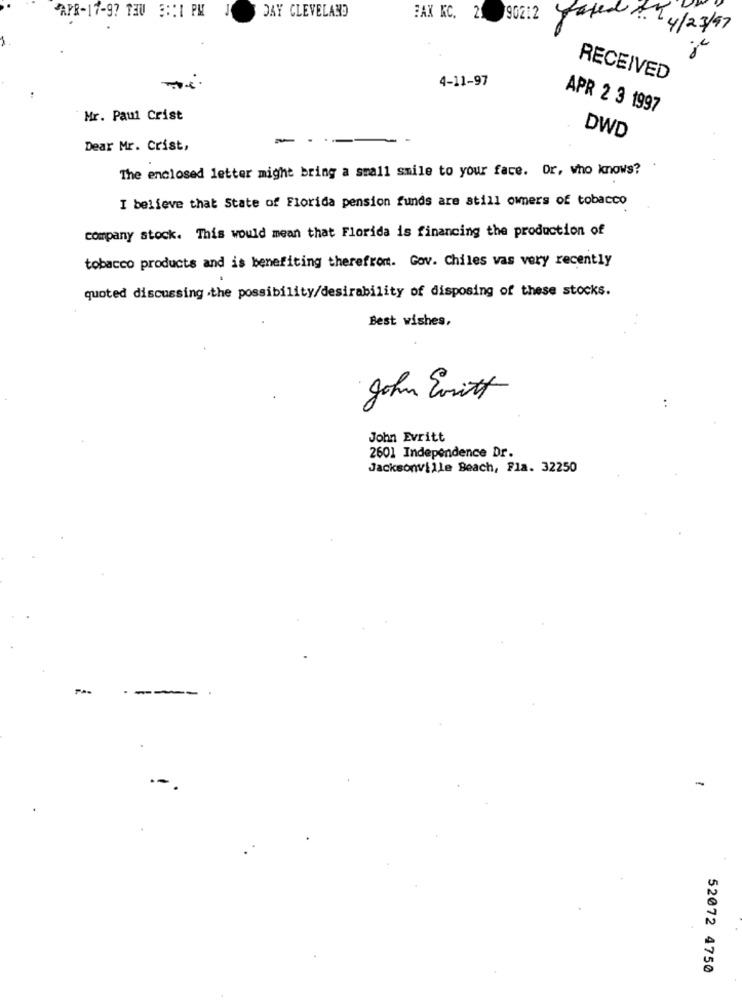
APR-17-9? THU 3 :: 1 PM
DAY CLEVELAND
BAX KC. 21
90212 ated. 4/23/97
4-11-97
RECEIVED
APR 2 3 1997
Mr. Paul Crist
DWD
Dear Mr. Crist,
The enclosed letter might bring a small smile to your face. Or, who knows?
I believe that State of Florida pension funds are still owners of tobacco
company stock. This would mean that Florida is financing the production of
tobacco products and is benefiting therefront. Gov. Chiles vas very recently
quoted discussing .the possibility/desirability of disposing of these stocks.
Best wishes,
John Ersitt
John Evritt
2601 Independence Dr.
Jacksonville Beach, Fla. 32250
---
-
52072 4750